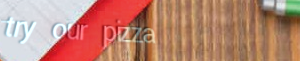
try our pizza